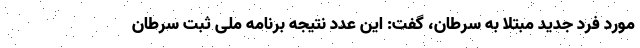
مورد فرد جدید مبتلا به سرطان، گفت: این عدد نتیجه برنامه ملی ثبت سرطان